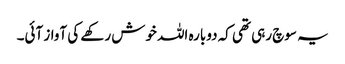
یہ سوچ رہی تھی کہ دوبارہ اللہ خوش رکھے کی آواز آئی۔